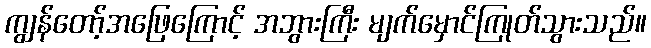
ကျွန်တော့်အဖြေကြောင့် အဘွားကြီး မျက်မှောင်ကြုတ်သွားသည်။